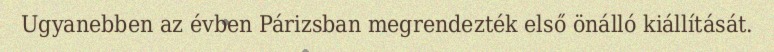
Ugyanebben az évben Párizsban megrendezték első önálló kiállítását.